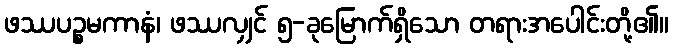
ဖဿပဉ္စမကာနံ၊ ဖဿလျှင် ၅-ခုမြောက်ရှိသော တရားအပေါင်းတို့၏။